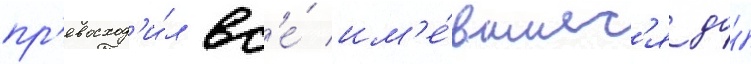
пр'евосход'и́л вс'е́ им'е́вшиес'я до́